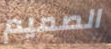
الصميم